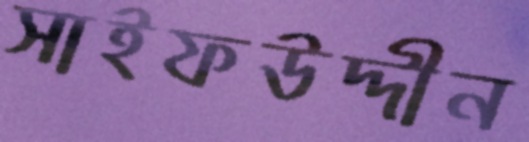
সাইফউদ্দীন